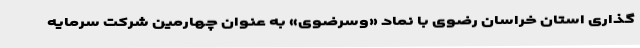
گذاری استان خراسان رضوی با نماد «وسرضوی» به عنوان چهارمین شرکت سرمایه